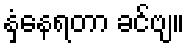
နှံနေရတာ ခင်ဗျ။